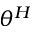
\theta ^ { H }